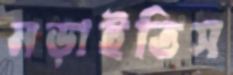
নড়াইতিস